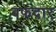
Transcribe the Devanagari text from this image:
बफदार